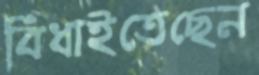
বিঁধাইতেছেন